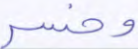
وخسر